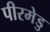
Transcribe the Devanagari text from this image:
पीरमेडु